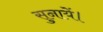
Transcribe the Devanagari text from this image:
सुनायें।